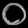
Digit: ၀